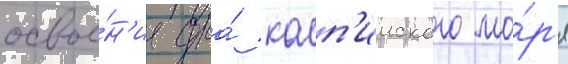
освое́н'иа дна́ касп'ииского мо́р'я